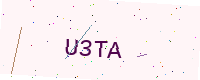
Text: U3TA